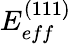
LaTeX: E_{eff}^{(111)}